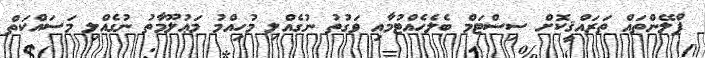
ޕްލޭންތައް ތަރައްޤީކޮށް ސިސްޓަމް ބެލެހެއްޓުމާއި ވަގުތު ނުގެއްލި މުހިއްމު މަޢުލޫމާތު ނުގެއްލި މަސައްކަތް